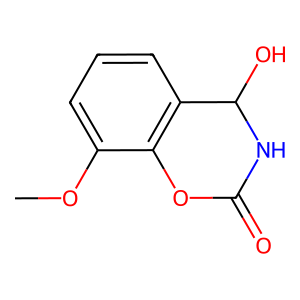
SMILES: COc1cccc2c1OC(=O)NC2O
Inhibits HIV replication: No